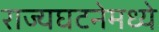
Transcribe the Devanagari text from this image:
राज्यघटनेमध्ये